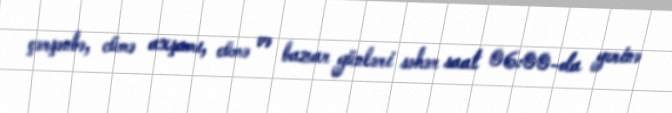
çərşənbə, cümə axşamı, cümə və bazar günləri səhər saat 06:00-da yerinə